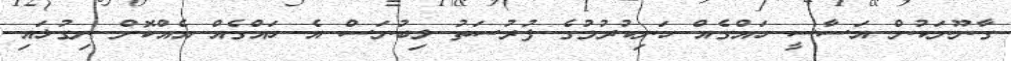
ގާނޫނަކުން އަސާސީ ހައްގެއް ހަނިކުރުމުގެ ފުރުސަތު ލިބުނަސް އެ ހައްގެއް އެއްކޮށް ނިގުޅައި